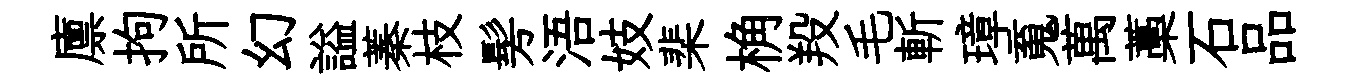
廪拘所幻謚蓁枝髣浯妓棐桷羖毛斬璋䰟萬藁石品